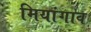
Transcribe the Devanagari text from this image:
मियांगाव